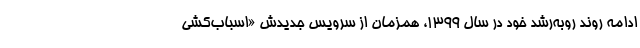
ادامه روند روبه‌رشد خود در سال ۱۳۹۹، همزمان از سرویس جدیدش «اسباب‌کشی